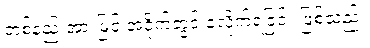
တစ်နည်းအားဖြင့် အငိုက်တွင် ခံလိုက်ရခြင်း ဖြစ်သည်။